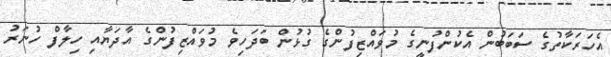
އެހަރަކާތުގެ ސަބަބުން އެކުންފުނީގެ މުވައްޒިފުންގެ ގުޅުން ބަދަހިވެ މުވައްޒިފުންގެ އާދަޔާއި ހިލާފް ހުނަރު